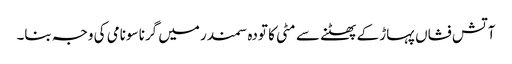
آتش فشاں پہاڑ کے پھٹنے سے مٹی کا تودہ سمندر میں گرنا سونامی کی وجہ بنا۔